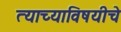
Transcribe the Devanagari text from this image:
त्याच्याविषयीचे